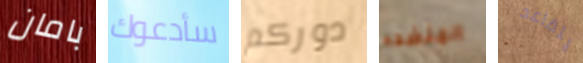
بامان سأدعوك دوركم المنضده يتقاعد